Civil Veterinary Dept. Bombay admin report 1893-99 - 1893-1899
Year: 1893
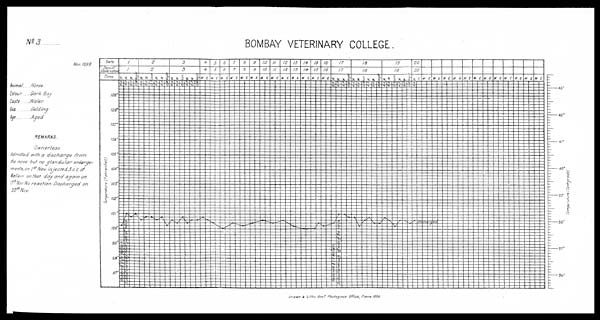
No. 3
Nov: 1898
Animal ...
Colour ...
Caste ...
Sex
Age ... ...
Horse
.. Dark Bay
Water
Gelding
.. Aged
REMARKS.
Ownerless
Admitted with a discharge
from
the nose but no glandular
enlarge-
ments, on 1 st Nov: injected 3 c.c. of
Mallein on that day and again on
17 th Nov: NO reaction. Discharged
on
20 th Nov: